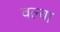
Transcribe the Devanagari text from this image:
वल्वा